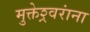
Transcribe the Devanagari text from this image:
मुक्तेश्र्वरांना